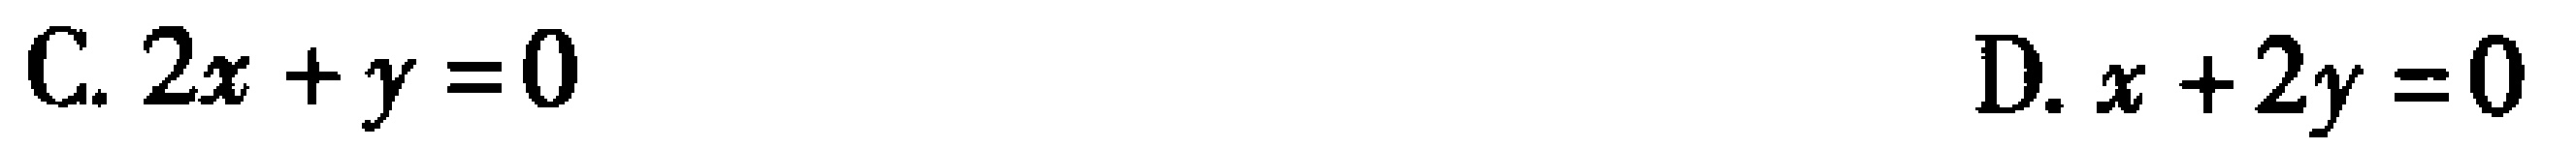
C. \(2x + y = 0\)
D. \(x + 2y = 0\)